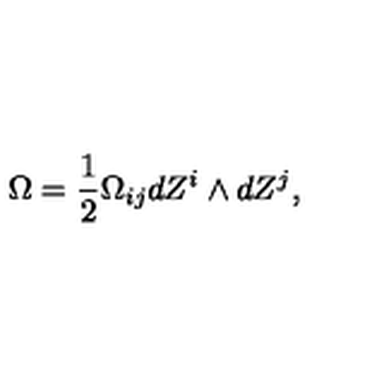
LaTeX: \Omega = \frac { 1 } { 2 } \Omega _ { i j } d Z ^ { i } \wedge d Z ^ { j } ,